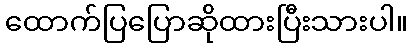
ထောက်ပြပြောဆိုထားပြီးသားပါ။